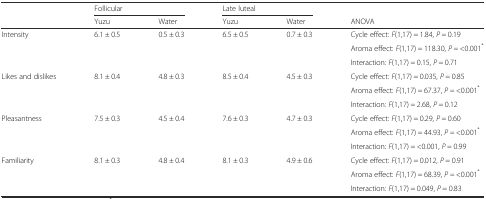
<table><thead><tr><td></td><td colspan="2"><b>Follicular</b></td><td colspan="2"><b>Late luteal</b></td><td></td></tr><tr><td></td><td><b>Yuzu</b></td><td><b>Water</b></td><td><b>Yuzu</b></td><td><b>Water</b></td><td><b>ANOVA</b></td></tr></thead><tbody><tr><td>Intensity</td><td>6.1 ± 0.5</td><td>0.5 ± 0.3</td><td>6.5 ± 0.5</td><td>0.7 ± 0.3</td><td>Cycle effect: <i>F</i>(1,17) = 1.84, <i>P</i> = 0.19</td></tr><tr><td></td><td></td><td></td><td></td><td></td><td>Aroma effect: <i>F</i>(1,17) = 118.30, <i>P =</i> &lt;0.001<sup>*</sup></td></tr><tr><td></td><td></td><td></td><td></td><td></td><td>Interaction: <i>F</i>(1,17) = 0.15, <i>P</i> = 0.71</td></tr><tr><td>Likes and dislikes</td><td>8.1 ± 0.4</td><td>4.8 ± 0.3</td><td>8.5 ± 0.4</td><td>4.5 ± 0.3</td><td>Cycle effect: <i>F</i>(1,17) = 0.035, <i>P</i> = 0.85</td></tr><tr><td></td><td></td><td></td><td></td><td></td><td>Aroma effect: <i>F</i>(1,17) = 67.37, <i>P =</i> &lt;0.001<sup>*</sup></td></tr><tr><td></td><td></td><td></td><td></td><td></td><td>Interaction: <i>F</i>(1,17) = 2.68, <i>P</i> = 0.12</td></tr><tr><td>Pleasantness</td><td>7.5 ± 0.3</td><td>4.5 ± 0.4</td><td>7.6 ± 0.3</td><td>4.7 ± 0.3</td><td>Cycle effect: <i>F</i>(1,17) = 0.29, <i>P</i> = 0.60</td></tr><tr><td></td><td></td><td></td><td></td><td></td><td>Aroma effect: <i>F</i>(1,17) = 44.93, <i>P =</i> &lt;0.001<sup>*</sup></td></tr><tr><td></td><td></td><td></td><td></td><td></td><td>Interaction: <i>F</i>(1,17) = &lt;0.001, <i>P</i> = 0.99</td></tr><tr><td>Familiarity</td><td>8.1 ± 0.3</td><td>4.8 ± 0.4</td><td>8.1 ± 0.3</td><td>4.9 ± 0.6</td><td>Cycle effect: <i>F</i>(1,17) = 0.012, <i>P</i> = 0.91</td></tr><tr><td></td><td></td><td></td><td></td><td></td><td>Aroma effect: <i>F</i>(1,17) = 68.39, <i>P =</i> &lt;0.001<sup>*</sup></td></tr><tr><td></td><td></td><td></td><td></td><td></td><td>Interaction: <i>F</i>(1,17) = 0.049, <i>P</i> = 0.83</td></tr></tbody></table>